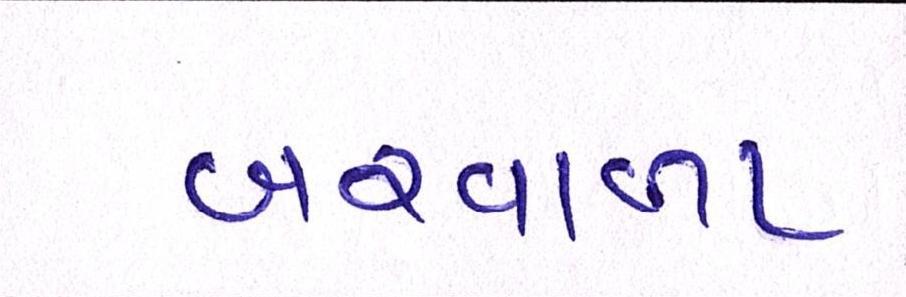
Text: બરવાળા